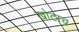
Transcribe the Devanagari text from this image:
खोटाच